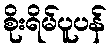
စိုးရိမ်ပူပန်